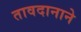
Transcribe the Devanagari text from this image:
तावदानाने